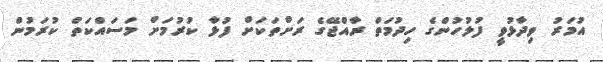
އުމަރު ވިދާޅުވީ ފުލުހުންގެ ހިދުމަތް ރާއްޖޭގެ ރަށްތަކަށް ފުޅާ ކުރުމަށް މަސައްކަތް ކުރަމުން